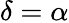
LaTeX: \delta=\alpha